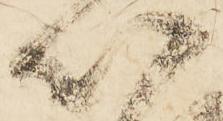
以